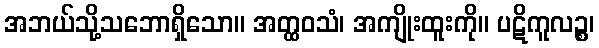
အဘယ်သို့သဘောရှိသော။ အတ္ထဝသံ၊ အကျိုးထူးကို။ ပဋိကူလဉ္စ၊